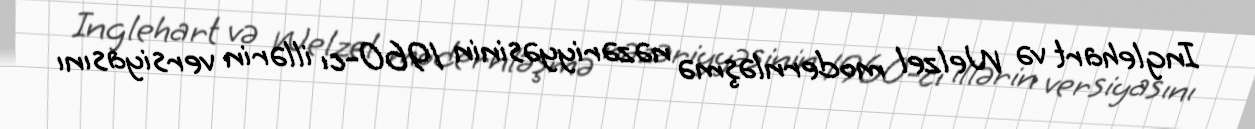
Inglehart və Welzel modernləşmə nəzəriyyəsinin 1960-cı illərin versiyasını